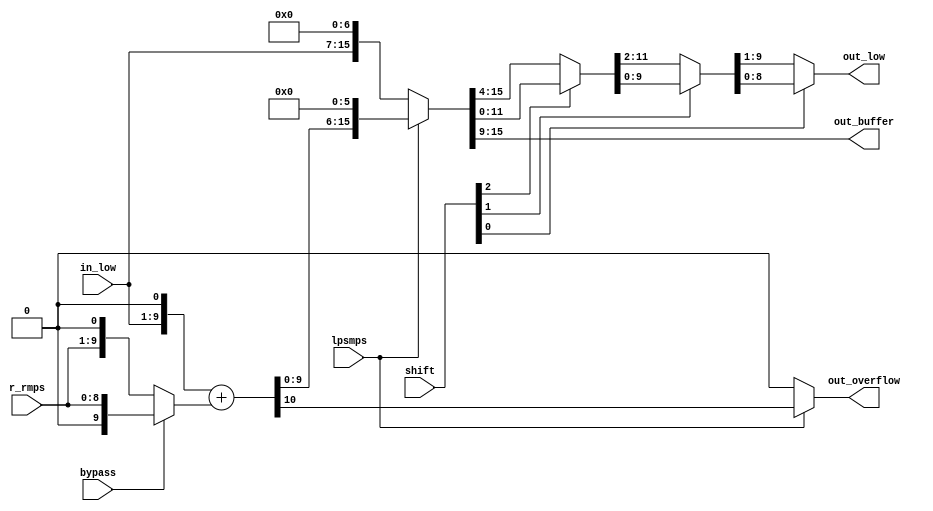
module cabac_ulow_1bin(
           in_low,
           bypass,
           lpsmps,
           shift,
           r_rmps,

           out_low,
           out_overflow,
           out_buffer
       );

//input and output signals //{
input		[8:0]	in_low;
input				bypass;
input				lpsmps;
input		[2:0]	shift;
input		[8:0]	r_rmps;

output	wire[8:0]	out_low;
output	wire		out_overflow;
output	wire[6:0]	out_buffer;
//}

//signals //{
wire		[9:0]		range_rmps;
wire		[9:0]		wire_low_add;
wire					wire_out_overflow;
wire		[15:0]		wire_low_before_shift;
wire		[11:0]		wire_low_before_shift_1;
wire		[9:0]		wire_low_before_shift_2;
wire		[8:0]		wire_low_before_shift_3;
//}

//logics //{
assign	range_rmps							=	bypass ? {1'b0, r_rmps} : {r_rmps, 1'b0};
assign	{wire_out_overflow, wire_low_add}	=	{1'b0, in_low[8:0], 1'b0} + {1'b0, range_rmps};
assign	wire_low_before_shift				=	lpsmps ? {wire_low_add, 6'b0} : {in_low, 7'b0};
assign	out_overflow					=	lpsmps ? wire_out_overflow : 0;

assign	wire_low_before_shift_1			=	shift[2] ? wire_low_before_shift[11:0] : wire_low_before_shift[15:4];
assign	wire_low_before_shift_2			=	shift[1] ? wire_low_before_shift_1[9:0] : wire_low_before_shift_1[11:2];
assign	wire_low_before_shift_3			=	shift[0] ? wire_low_before_shift_2[8:0] : wire_low_before_shift_2[9:1];

assign	out_buffer						=	wire_low_before_shift[15:9];
assign	out_low							=	wire_low_before_shift_3;
//}

endmodule